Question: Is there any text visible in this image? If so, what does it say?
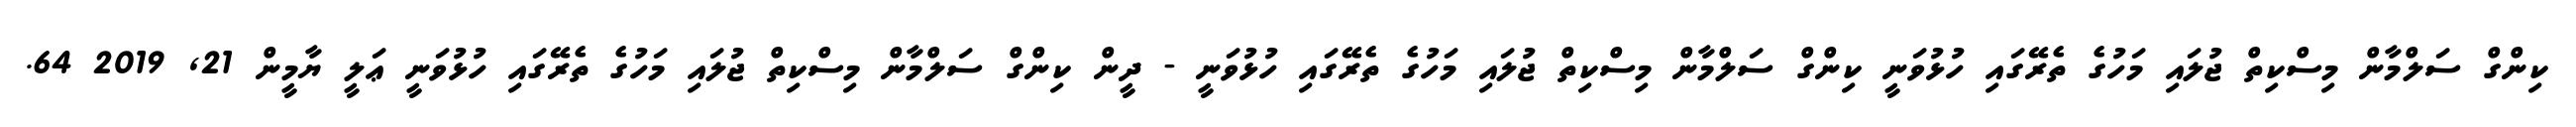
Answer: ކިންގް ސަލްމާން މިސްކިތް ޖުލައި މަހުގެ ތެރޭގައި ހުޅުވަނީ ކިންގް ސަލްމާން މިސްކިތް ޖުލައި މަހުގެ ތެރޭގައި ހުޅުވަނީ - ދީން ކިންގް ސަލްމާން މިސްކިތް ޖުލައި މަހުގެ ތެރޭގައި ހުޅުވަނީ ޢަލީ ޔާމީން 21, 2019 64.